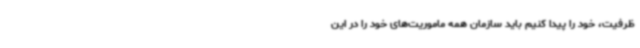
ظرفیت، خود را پیدا کنیم باید سازمان همه ماموریت‌های خود را در این